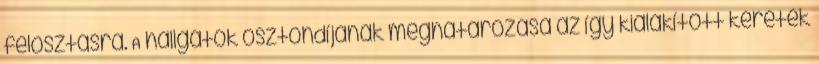
felosztásra. A hallgatók ösztöndíjának meghatározása az így kialakított keretek